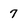
Character: 7